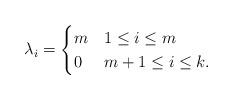
LaTeX: \begin{align*}\lambda_i = \begin{cases}m & 1 \leq i \leq m\\0 & m+1 \leq i \leq k.\end{cases}\end{align*}